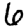
Digit: 6